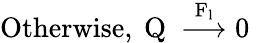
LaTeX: \mathrm{Otherwise,~Q~\stackrel{F_{l}}{\longrightarrow}0~}